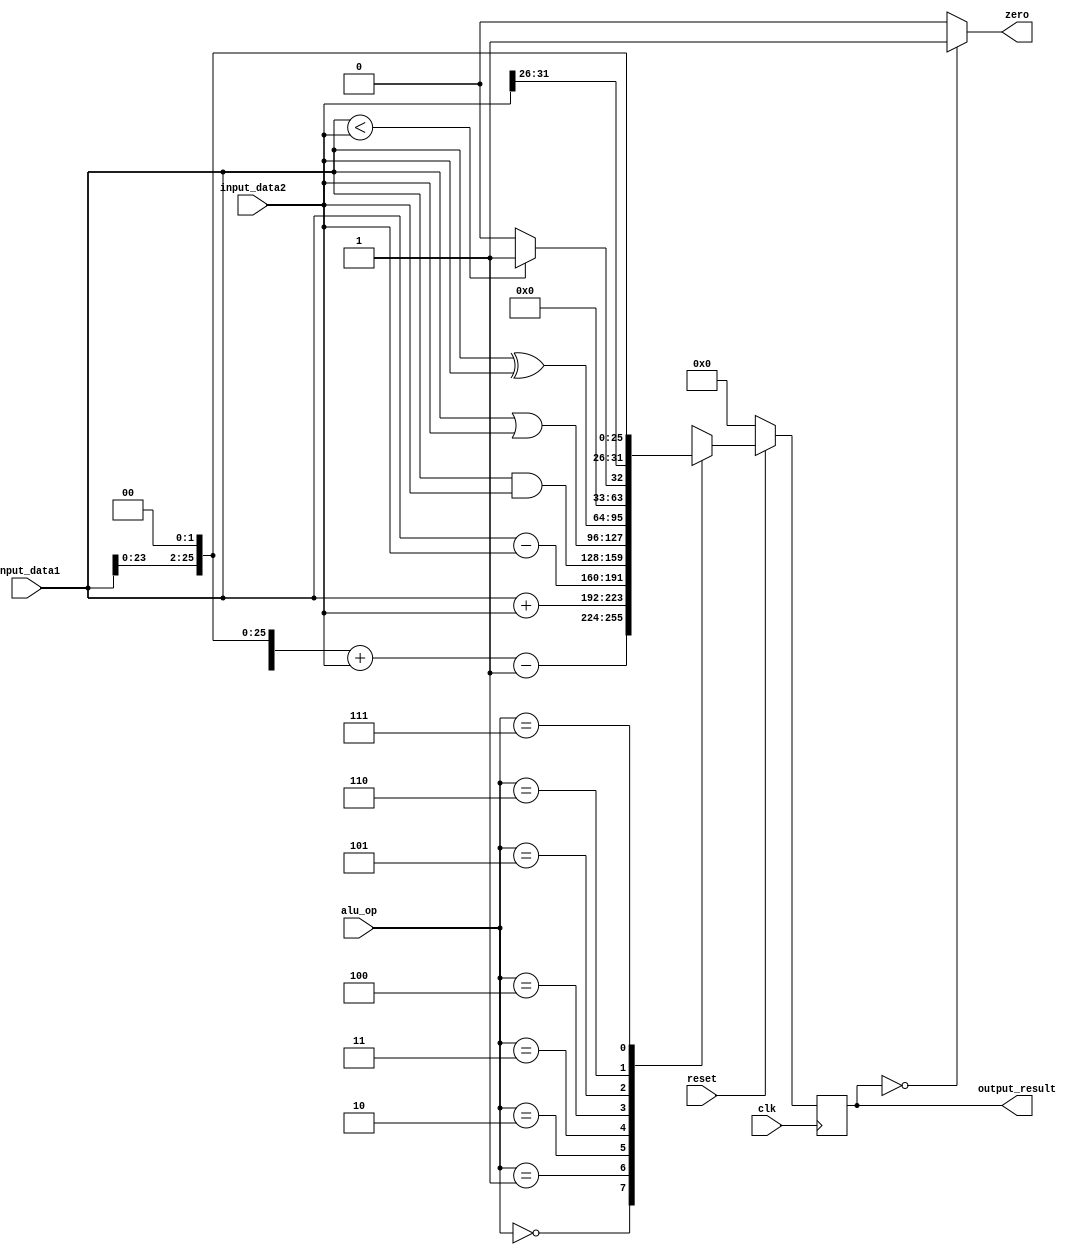
module ALU(
	 input [2:0] alu_op,
    (* KEEP = "TRUE" *)input [31:0] input_data1,
    (* KEEP = "TRUE" *)input [31:0] input_data2,
	 input       clk,
	 input       reset,
	 output      zero,
    (* KEEP = "TRUE" *)output reg [31:0] output_result
    );
	
	reg [31:0] temp;
	assign zero = (output_result == 32'b0)? 1'b1 :1'b0;

	always@(posedge clk) begin		
		if(reset == 0) begin
			output_result = 32'b0;
			temp = 32'b0;
		end
		
		else begin
			case(alu_op)
				3'b000 : output_result = (input_data1 << 2) + input_data2 - 1;//BEQ
				3'b001 : output_result = input_data1 + input_data2;
				3'b010 : output_result = input_data1 - input_data2;
				3'b011 : output_result = input_data1 & input_data2;
				3'b100 : output_result = input_data1 | input_data2;
				3'b101 : output_result = input_data1 ^ input_data2;
				3'b110 : output_result = (input_data1 < input_data2)? 32'h000000001 : 32'h00000000;
				3'b111 : begin
								//JMP
								temp = input_data1 << 2;
								output_result = {input_data2[31:26], temp[25:0]};
							end
				default:
					begin
						output_result = input_data1 + input_data2;
					end
			endcase
		end	
	end

endmodule